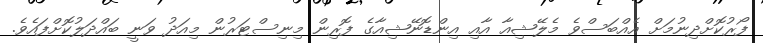
ފޯރުކޮށްދިނުމަށް އެއްބަސްވެ މެލޭޝިއާ އާއި އިންޑޮނޭޝިއާގެ ފޮރިން މިނިސްޓަރުން މިއަދު ވަނީ ބައްދަލުކޮށްފައެވެ.